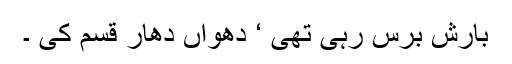
بارش برس رہی تھی ‘ دھواں دھار قسم کی ۔